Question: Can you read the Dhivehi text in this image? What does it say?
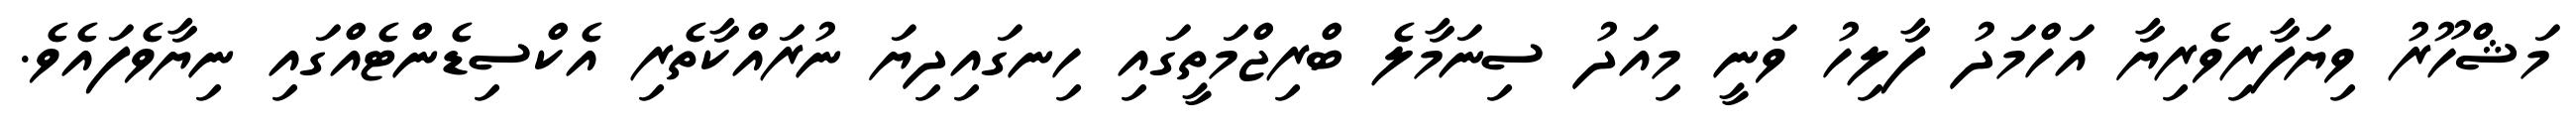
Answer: މަޝްހޫރު ވިޔަފާރިވެރިޔާ އަހްމަދު ފާލިހު ވަނީ މިއަދު ސިނަމާލެ ބްރިޖްމަތީގައި ހިނގައިދިޔަ ނުރައްކާތެރި އެކްސިޑެންޓެއްގައި ނިޔާވެފައެވެ.